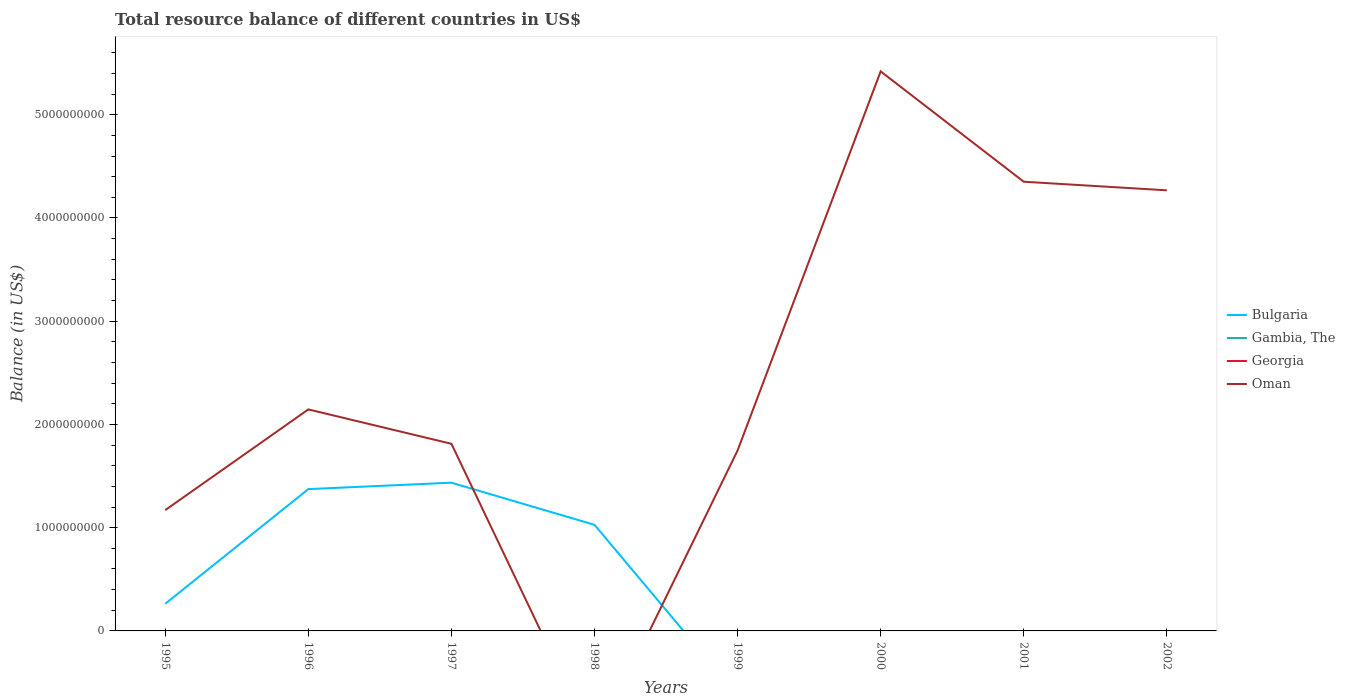
| Years | Bulgaria | Gambia, The | Georgia | Oman |
 | --- | --- | --- | --- | --- |
 | 1995 | 2.63e+08 | -9.22e+07 | -4.53e+08 | 1.17e+09 |
 | 1996 | 1.37e+09 | -6.24e+07 | -5.89e+08 | 2.15e+09 |
 | 1997 | 1.44e+09 | -1.97e+07 | -9.31e+08 | 1.81e+09 |
 | 1998 | 1.03e+09 | -2.74e+07 | -7.46e+08 | -1.09e+09 |
 | 1999 | -6.24e+08 | -2.95e+07 | -5.33e+08 | 1.75e+09 |
 | 2000 | -7.03e+08 | -3.73e+07 | -5.1e+08 | 5.42e+09 |
 | 2001 | -1.32e+09 | -2.26e+07 | -4.64e+08 | 4.35e+09 |
 | 2002 | -1.31e+09 | -3.08e+07 | -4.47e+08 | 4.27e+09 |